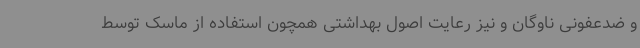
و ضدعفونی ناوگان و نیز رعایت اصول بهداشتی همچون استفاده از ماسک توسط